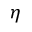
\eta